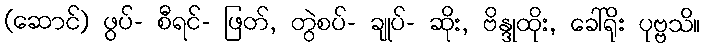
(ဆောင်) ဖွပ်- စီရင်- ဖြတ်, တွဲစပ်- ချုပ်- ဆိုး, ဗိန္ဒုထိုး, ခေါ်ရိုး ပုဗ္ဗသိ။